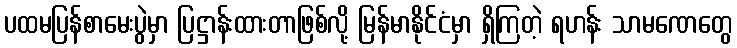
ပထမပြန်စာမေးပွဲမှာ ပြဋ္ဌာန်းထားတာဖြစ်လို့ မြန်မာနိုင်ငံမှာ ရှိကြတဲ့ ရဟန်း သာမဏေတွေ